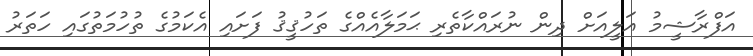
އަފްރާޝީމު އަލީއަށް ދިން ނުރައްކާތެރި ޙަމަލާއެއްގެ ތަހުޤީޤު ފަށައި އެކަމުގެ ތުހުމަތުގައި ހަތަރު